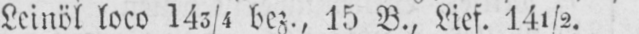
Leinöl loco 143/4 bez., 15 B., Lief. 14½.